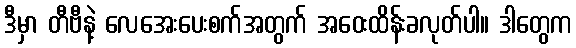
ဒီမှာ တီဗီနဲ့ လေအေးပေးစက်အတွက် အဝေးထိန်းခလုတ်ပါ။ ဒါတွေက